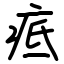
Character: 疷